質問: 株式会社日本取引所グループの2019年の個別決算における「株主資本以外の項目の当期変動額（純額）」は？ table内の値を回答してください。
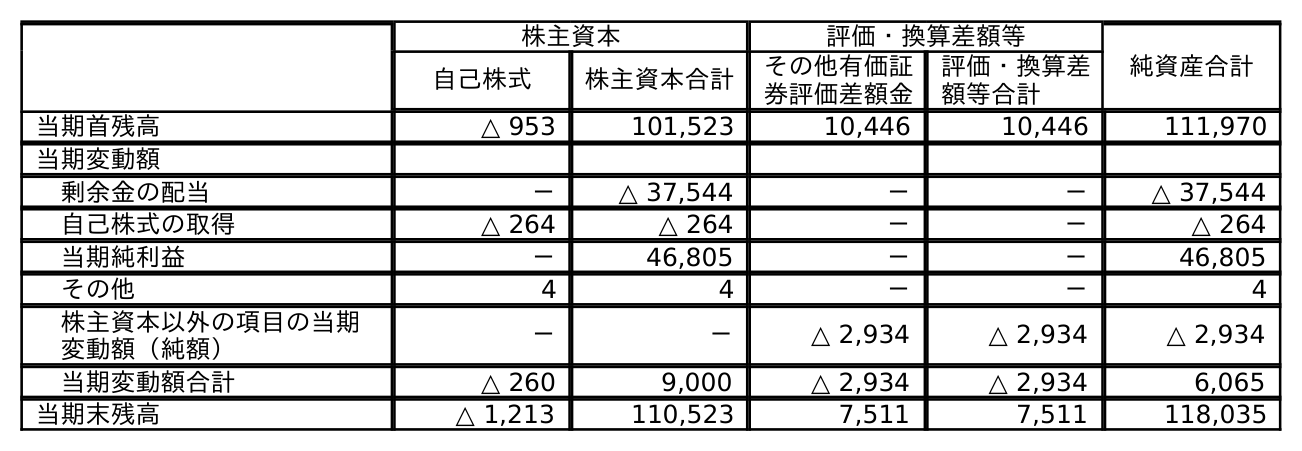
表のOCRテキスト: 株主資本 評価・換算差額等 純資産合計 自己株式 株主資本合計 その他有価証 券評価差額金 評価・換算差 額等合計 当期首残高 △ 953 101,523 10,446 10,446 111,970 当期変動額 剰余金の配当 － △ 37,544 － － △ 37,544 自己株式の取得 △ 264 △ 264 － － △ 264 当期純利益 － 46,805 － － 46,805 その他 4 4 － － 4 株主資本以外の項目の当期 変動額（純額） － － △ 2,934 △ 2,934 △ 2,934 当期変動額合計 △ 260 9,000 △ 2,934 △ 2,934 6,065 当期末残高 △ 1,213 110,523 7,511 7,511 118,035
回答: △2,934